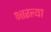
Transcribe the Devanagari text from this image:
भारल्या